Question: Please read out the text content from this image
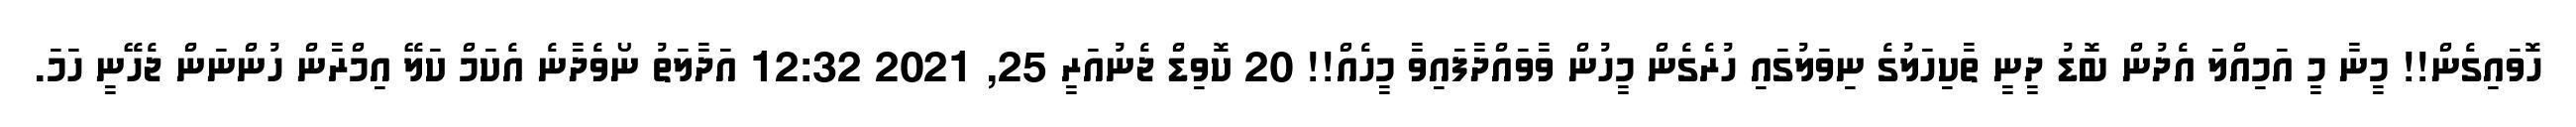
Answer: ހޮވައިގެން!! މީނާ މީ އަމިއްލަ އެދުން ބޮޑު ދީނީ ތާކިހަލުގެ ނިވަލުގައި ހުރެގެން މީހުން ވާވައްދާފައިވާ މީހެއް!! 20 ކޮވިޑް ޖެނުއަރީ 25, 2021 12:32 އަދާލަތު ނޯވެދާނެ އެކަމް ކަލޭ އިމްރާން ހުންނަން ޖެހޭނީ ހަމަ.